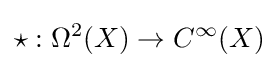
\star :\Omega ^{2}(X)\to C^{\infty }(X)